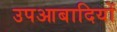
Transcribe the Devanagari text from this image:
उपआबादियों